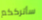
سأترككم